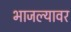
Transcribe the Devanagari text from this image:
भाजल्यावर